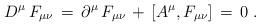
LaTeX: \begin{align*}D^{\mu} \, F_{\mu\nu} \, = \, \partial^{\mu} \, F_{\mu\nu} \, +\, [A^{\mu},F_{\mu\nu}] \, = \, 0 \; .\end{align*}